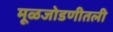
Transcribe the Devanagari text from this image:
मूळजोडणीतली